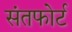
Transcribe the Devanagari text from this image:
संतफोर्ट